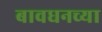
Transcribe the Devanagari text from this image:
बावधनच्या